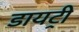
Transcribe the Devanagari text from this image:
डायट्री